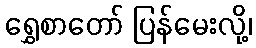
ရွှေစာတော် ပြန်မေးလို့၊